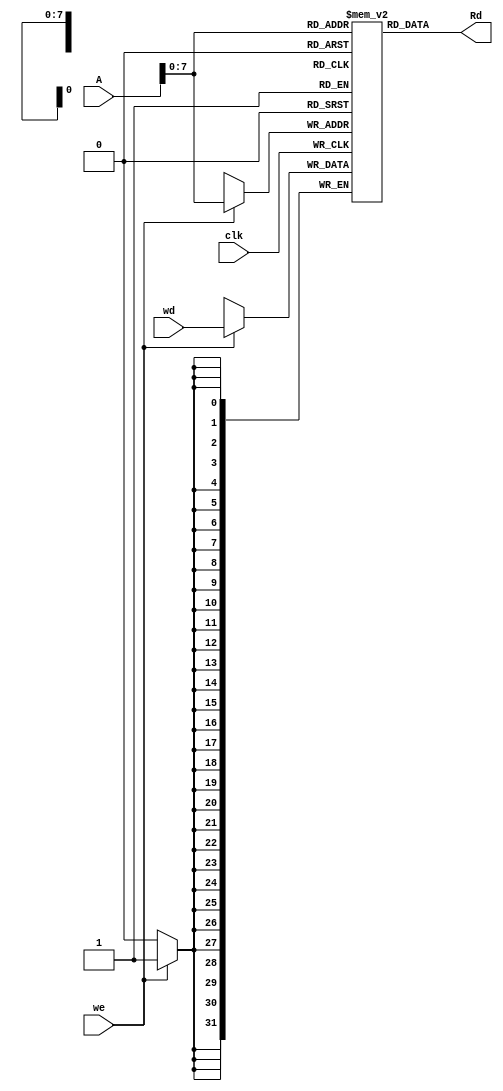
module Data_memory(
 input clk,
 input we,
 input [31:0]wd, A,
 output [31:0]Rd 
 );
 reg [31:0] memory[255:0];
 always @(posedge clk)
  begin 
   if(we)
    memory[A] <= wd;
  end
 assign Rd = memory[A];


endmodule

module Data_memory_tb();
 reg clk,we;
 reg [31:0]wd, A;
 wire [31:0]Rd ;

Data_memory d1(clk,we,wd, A,Rd);

  initial
  begin
   we = 1; #5;
   we = 0;
  end 

 always
  begin
   clk = 0; #5;
   clk = 1; #5;
  end
 initial
 A = 32'd60;

endmodule